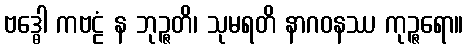
ဗဒ္ဓေါ ကဗဠံ န ဘုဉ္ဇတိ၊ သုမရတိ နာဂဝနဿ ကုဉ္ဇရော။